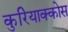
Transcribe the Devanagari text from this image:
कुरियाक्कोस